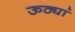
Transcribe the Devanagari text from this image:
ऊठ्यां